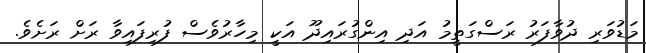
މަޑުވަރި ދުވާފަރު ރަސްގަތީމު އަދި އިންގުރައިދޫ އަކީ މިހާރުވެސް ފުރިފައިވާ ރަށް ރަށެވެ.